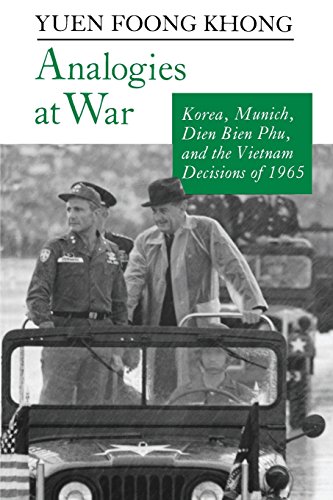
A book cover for Analogies at War: Korea, Munich, Dien Bien Phu, and the Vietnam Decisions of 1965; Yuen Foong Khong; Literature & Fiction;